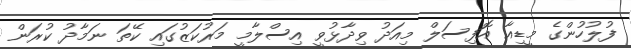
ފުލުހުންގެ މީޑިއާ އޮފިސަލް މިއަދު ވިދާޅުވީ އިސްލާމީ މަރުކަޒުގައި ކޭތަ ނަމާދު ކުރަން